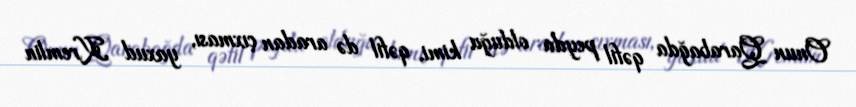
Onun Qarabağda qəfil peyda olduğu kimi, qəfil də aradan çıxması, yaxud Kremlin